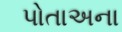
પોતાઅના